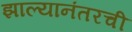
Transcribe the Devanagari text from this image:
झाल्यानंतरची